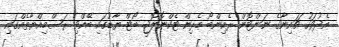
އެދުވަހު ޗައިނާގެ ނަންޓޮން ރެއިންބޯ މެރިން ޓެކްނޮލޮޖީ ބޯޓް ޔާޑުގައި ބޭއްވި ރަސްމިއްޔާތެއްގައި